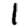
Digit: 1